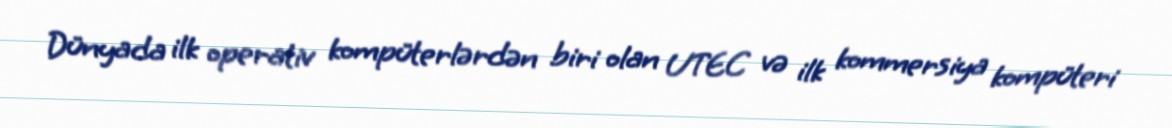
Dünyada ilk operativ kompüterlərdən biri olan UTEC və ilk kommersiya kompüteri